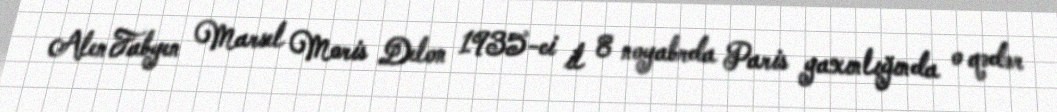
Alen Fabyen Marsel Moris Delon 1935-ci il 8 noyabrda Paris yaxınlığında o qədər